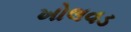
ખોલવડ